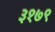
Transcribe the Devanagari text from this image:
३१७९